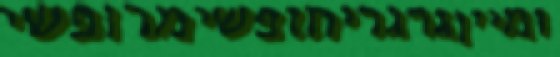
ומייןגרגריחופשימרופשי